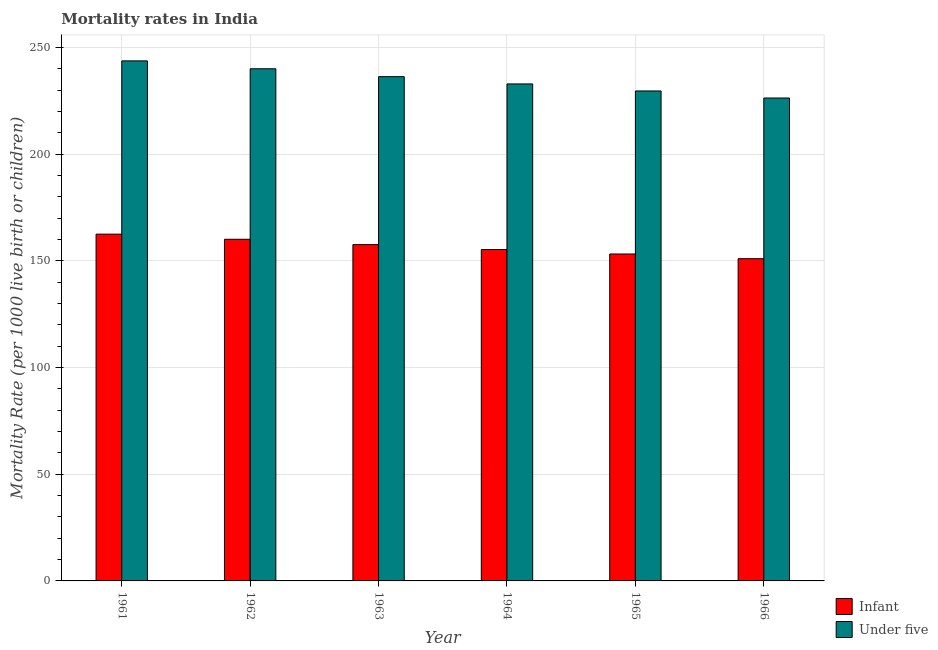
| Year | Infant | Under five |
 | --- | --- | --- |
 | 1961 | 162 | 244 |
 | 1962 | 160 | 240 |
 | 1963 | 158 | 236 |
 | 1964 | 155 | 233 |
 | 1965 | 153 | 230 |
 | 1966 | 151 | 226 |